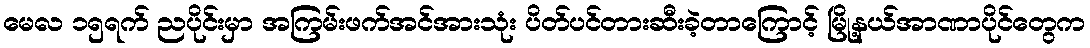
မေလ ၁၅ရက် ညပိုင်းမှာ အကြမ်းဖက်အင်အားသုံး ပိတ်ပင်တားဆီးခဲ့တာကြောင့် မြို့နယ်အာဏာပိုင်တွေက